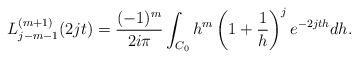
LaTeX: \begin{align*}L_{j-m-1}^{(m+1)}(2jt) = \frac{(-1)^m}{2i\pi}\int_{C_0} h^m \left(1+\frac{1}{h}\right)^{j}e^{-2jth} dh. \end{align*}